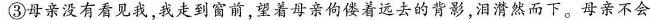
③母亲没有看见我，我走到窗前，望着母亲佝偻着远去的背影，泪潸然而下。母亲不会